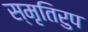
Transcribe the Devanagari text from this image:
स्मृतिरुप